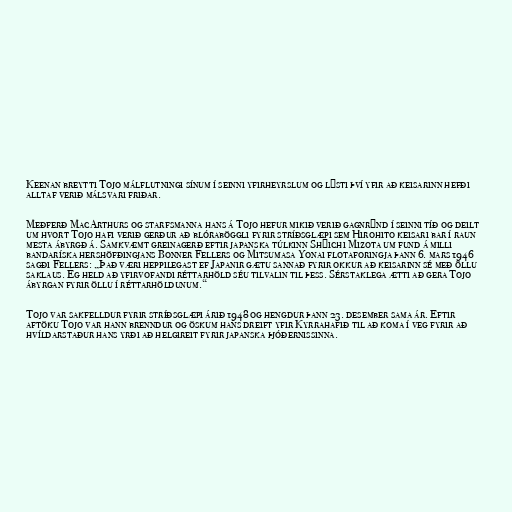
Keenan breytti Tojo málflutningi sínum í seinni yfirheyrslum og lýsti því yfir að keisarinn hefði
alltaf verið málsvari friðar.

Meðferð MacArthurs og starfsmanna hans á Tojo hefur mikið verið gagnrýnd í seinni tíð og deilt
um hvort Tojo hafi verið gerður að blóraböggli fyrir stríðsglæpi sem Hirohito keisari bar í raun
mesta ábyrgð á. Samkvæmt greinagerð eftir japanska túlkinn Shūichi Mizota um fund á milli
bandaríska hershöfðingjans Bonner Fellers og Mitsumasa Yonai flotaforingja þann 6. mars 1946
sagði Fellers: „Það væri heppilegast ef Japanir gætu sannað fyrir okkur að keisarinn sé með öllu
saklaus. Ég held að yfirvofandi réttarhöld séu tilvalin til þess. Sérstaklega ætti að gera Tojo
ábyrgan fyrir öllu í réttarhöldunum.“

Tojo var sakfelldur fyrir stríðsglæpi árið 1948 og hengdur þann 23. desember sama ár. Eftir
aftöku Tojo var hann brenndur og öskum hans dreift yfir Kyrrahafið til að koma í veg fyrir að
hvíldarstaður hans yrði að helgireit fyrir japanska þjóðernissinna.